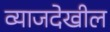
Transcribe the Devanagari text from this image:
व्याजदेखील